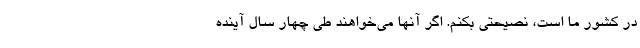
در کشور ما است، نصیحتی بکنم. اگر آنها می‌خواهند طی چهار سال آینده